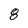
Character: 8